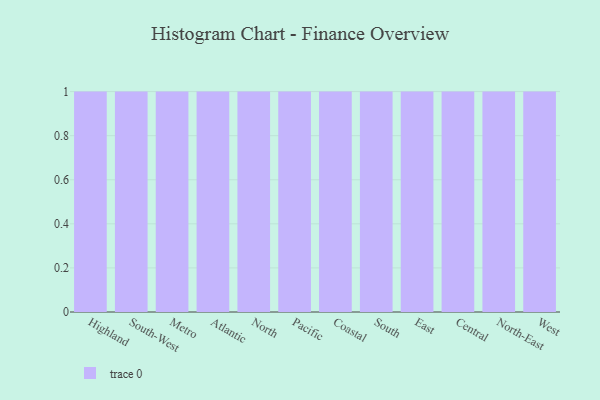
{"axis": {"x": "Region", "y": "Bounce Rate (%)"}, "legend": [""], "data": [{"x": "Highland", "y": 98, "type": ""}, {"x": "South-West", "y": 95, "type": ""}, {"x": "Metro", "y": 55, "type": ""}, {"x": "Atlantic", "y": 16, "type": ""}, {"x": "North", "y": 2, "type": ""}, {"x": "Pacific", "y": 47, "type": ""}, {"x": "Coastal", "y": 58, "type": ""}, {"x": "South", "y": 47, "type": ""}, {"x": "East", "y": 44, "type": ""}, {"x": "Central", "y": 88, "type": ""}, {"x": "North-East", "y": 52, "type": ""}, {"x": "West", "y": 28, "type": ""}]}